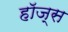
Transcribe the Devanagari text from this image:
हाॅज्स